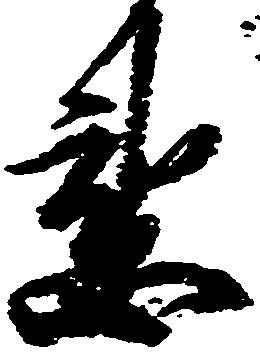
懇